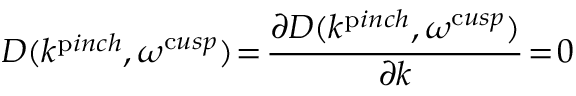
D ( k ^ { \mathrm { p } i n c h } , \omega ^ { \mathrm { c } u s p } ) \! = \! \frac { \partial D ( k ^ { \mathrm { p } i n c h } , \omega ^ { \mathrm { c } u s p } ) } { \partial k } \! = \! 0